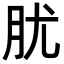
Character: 肬